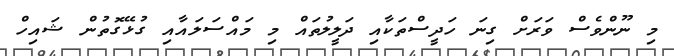
މި ނޫންވެސް ވަރަށް ގިނަ ހަދީސްތަކާއި ދަލީލުތައް މި މައްސަލައާއި ގުޅޭގޮތުން ޝައިހް